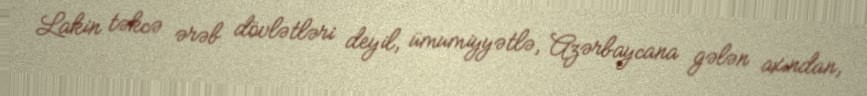
Lakin təkcə ərəb dövlətləri deyil, ümumiyyətlə, Azərbaycana gələn axından,